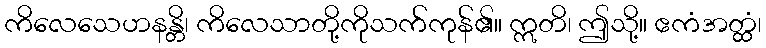
ကိလေသေဟနန္တိ၊ ကိလေသာတို့ကိုသက်ကုန်၏။ ဣတိ၊ ဤသို့။ ဧကံအတ္ထံ၊